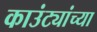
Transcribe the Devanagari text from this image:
काउंट्यांच्या